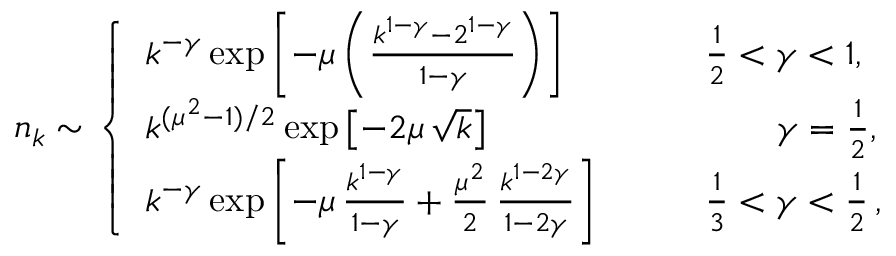
\begin{array} { r } { n _ { k } \sim \left\{ \begin{array} { l l } { k ^ { - \gamma } \exp \left[ - \mu \left( \frac { k ^ { 1 - \gamma } - 2 ^ { 1 - \gamma } } { 1 - \gamma } \right) \right] } & { \qquad \frac { 1 } { 2 } < \gamma < 1 , } \\ { k ^ { ( \mu ^ { 2 } - 1 ) / 2 } \exp \left[ - 2 \mu \, \sqrt { k } \right] } & { ~ ~ ~ ~ ~ ~ \qquad \gamma = \frac { 1 } { 2 } , } \\ { k ^ { - \gamma } \exp \left[ - \mu \, \frac { k ^ { 1 - \gamma } } { 1 - \gamma } + \frac { \mu ^ { 2 } } { 2 } \, \frac { k ^ { 1 - 2 \gamma } } { 1 - 2 \gamma } \right] } & { \qquad \frac { 1 } { 3 } < \gamma < \frac { 1 } { 2 } \, , } \end{array} \right. } \end{array}